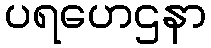
ပရဟေဌနာ